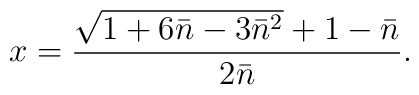
x={\sqrt{1+6\bar n-3\bar n^2}+1-\bar n\over 2\bar n}.